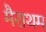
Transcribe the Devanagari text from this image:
मैराथम